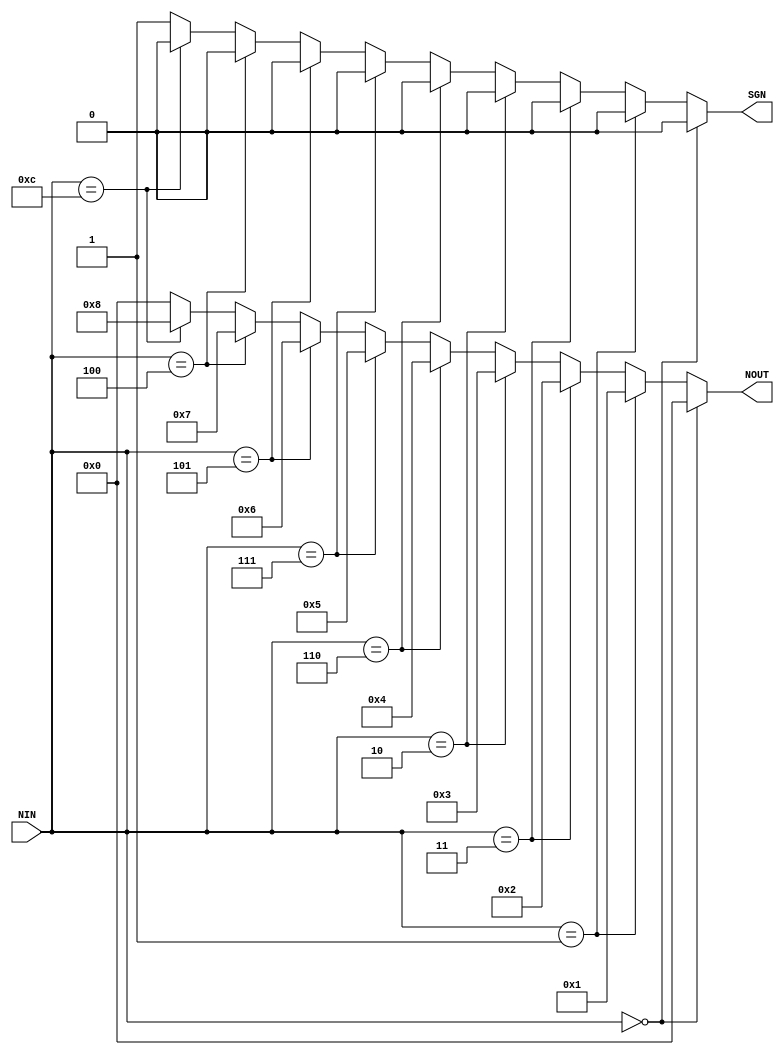
module converter (
    NIN,NOUT,SGN
);
    input[3:0] NIN;
    output[3:0] NOUT;
    output SGN;

    reg[3:0] NOUT;
    reg SGN = 1'b0;
    always @(NIN) begin
        if(NIN == 4'b0000)
		  begin
            NOUT = 4'b0000;
				SGN = 1'b0 ;
			end
        else if(NIN == 4'b0001)
		  begin
            NOUT = 4'b0001;
				SGN = 1'b0 ;
			end
        else if(NIN == 4'b0011)
		  begin
            NOUT = 4'b0010;
				SGN = 1'b0 ;
			end
        else if(NIN == 4'b0010)
		  begin
            NOUT = 4'b0011;
				SGN = 1'b0 ;
			end
        else if(NIN == 4'b0110)
		  begin
            NOUT = 4'b0100;
				SGN = 1'b0 ;
			end
        else if(NIN == 4'b0111)
		  begin
            NOUT = 4'b0101;
				SGN = 1'b0 ;
			end
        else if(NIN == 4'b0101)
		  begin
            NOUT = 4'b0110;
				SGN = 1'b0 ;
			end
        else if(NIN == 4'b0100)
		  begin
            NOUT = 4'b0111;
				SGN = 1'b0 ;
         end   
        else if(NIN == 4'b1100)
		  begin
            NOUT = 4'b1000;
				SGN = 1'b0 ;
			end
        else
        begin
            NOUT = 4'b0000;
            SGN = 1'b1 ;
        end
    end
endmodule